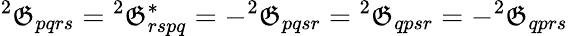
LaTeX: {^{2}\mathfrak{G}_{pqrs}={^{2}}\mathfrak{G}_{rspq}^{*}=-^{2}\mathfrak{G}_{pqsr}={^{2}\mathfrak{G}_{qpsr}}=-^{2}\mathfrak{G}_{qprs}}